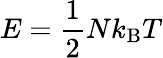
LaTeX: E={\frac{1}{2}}Nk_{\mathrm{B}}T